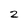
Character: 2